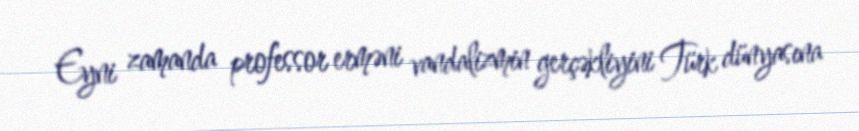
Eyni zamanda professor erməni vandalizmin gerçəkliyini Türk dünyasına